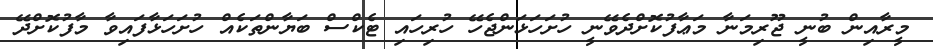
މީރާއިން ބުނީ ޖޫރިމަނާ މަޢާފުކޮށްދެވޭނީ ހުށަހަޅަންޖެހޭ ހުރިހައި ޓެކްސް ބަޔާންތަކެއް ހުށަހަޅާފައިވާ މާފުކޮށްދޭ